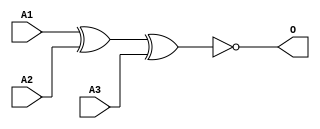
module MJXNOR3A(A1, A2, A3, O);
input   A1;
input   A2;
input   A3;
output  O;
xnor g0(O, A1, A2, A3);
endmodule